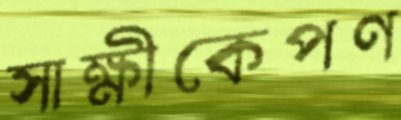
সাক্ষীকেপণ